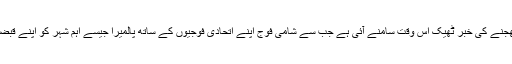
البتہ امریکا کی طرف سے فوج بھجنے کی خبر ٹھیک اس وقت سامنے آئی ہے جب سے شامی فوج اپنے اتحادی فوجیوں کے ساتھ پالمیرا جیسے اہم شہر کو اپنے قبضہ میں لینے میں کامیاب رہی ہے۔